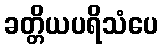
ခတ္တိယပရိသံပေ